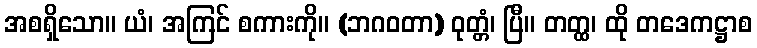
အစရှိသော။ ယံ၊ အကြင် စကားကို။ (ဘဂဝတာ) ဝုတ္တံ၊ ပြီ။ တတ္ထ၊ ထို တဒေကဋ္ဌာစ